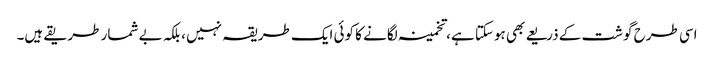
اسی طرح گوشت کے ذریعے بھی ہوسکتا ہے، تخمینہ لگانے کا کوئی ایک طریقہ نہیں ، بلکہ بے شمار طریقے ہیں۔